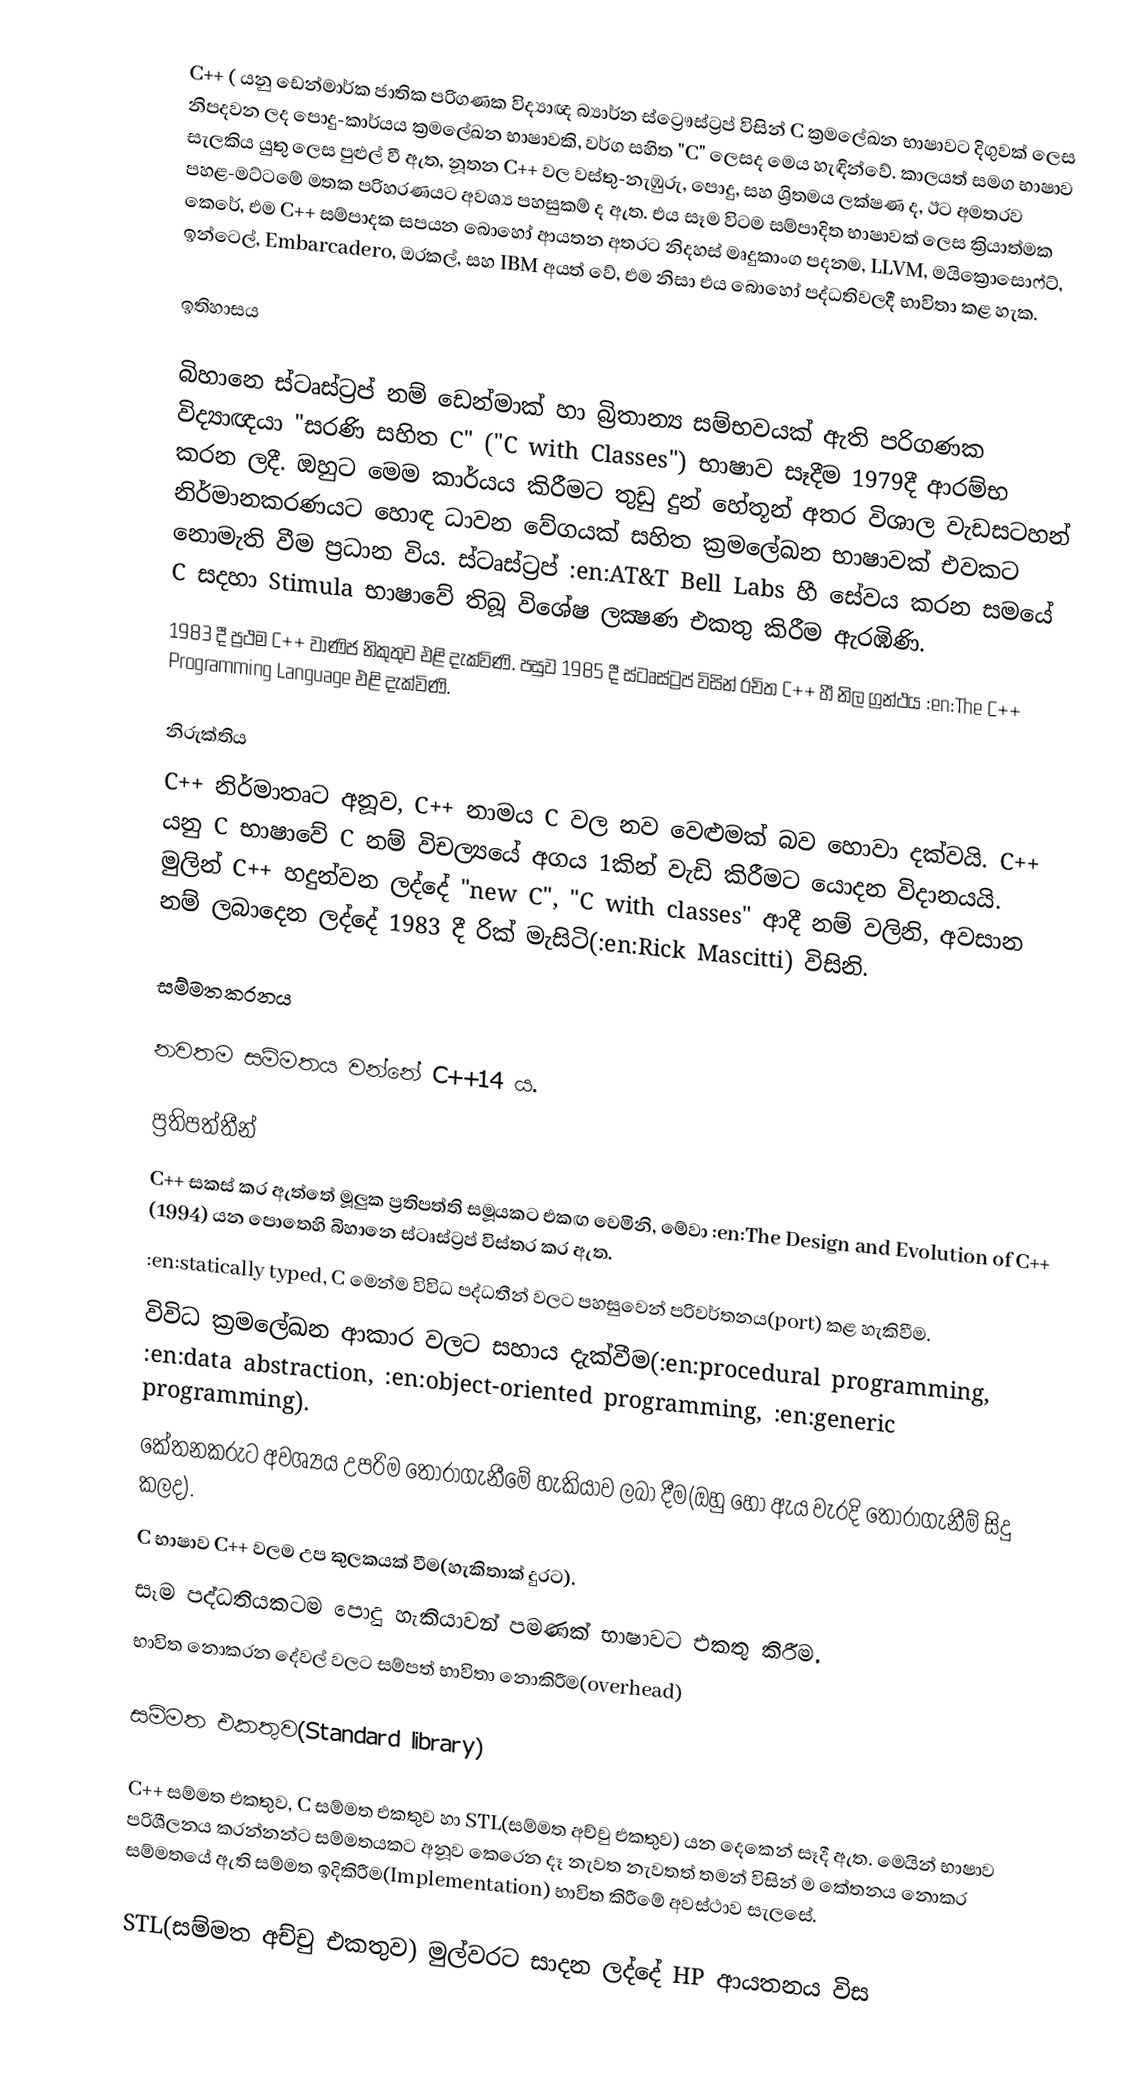
C++ ( යනු ඩෙන්මාර්ක ජාතික පරිගණක විද්‍යාඥ බ්‍යාර්න ස්ට්‍රෞස්ට්‍රප් විසින් C ක්‍රමලේඛන භාෂාවට දිගුවක් ලෙස නිපදවන ලද පොදු-කාර්යය ක්‍රමලේඛන භාෂාවකි, වර්ග සහිත "C" ලෙසද මෙය හැඳින්වේ. කාලයත් සමග භාෂාව සැලකිය යුතු ලෙස පුළුල් වී ඇත, නූතන C++ වල වස්තු-නැඹුරු, පොදු, සහ ශ්‍රිතමය ලක්ෂණ ද, ඊට අමතරව පහළ-මට්ටමේ මතක පරිහරණයට අවශ්‍ය පහසුකම් ද ඇත. එය සෑම විටම සම්පාදිත භාෂාවක් ලෙස ක්‍රියාත්මක කෙරේ, එම C++ සම්පාදක සපයන බොහෝ ආයතන අතරට නිදහස් මෘදුකාංග පදනම, LLVM, මයික්‍රොසොෆ්ට්, ඉන්ටෙල්, Embarcadero, ඔරකල්, සහ IBM අයත් වේ, එම නිසා එය බොහෝ පද්ධතිවලදී භාවිතා කළ හැක.

ඉතිහාසය

බිහානෙ ස්ටෘස්ට්‍රප් නම් ඩෙන්මාක් හා බ්‍රිතාන්‍ය සම්භවයක් ඇති පරිගණක විද්‍යාඥයා "සරණි සහිත C" ("C with Classes") භාෂාව සෑදීම 1979දී ආරම්භ කරන ලදී. ඔහුට මෙම කාර්යය කිරීමට තුඩු දුන් හේතූන් අතර විශාල වැඩසටහන් නිර්මානකරණයට හොඳ ධාවන වේගයක් සහිත ක්‍රමලේඛන භාෂාවක් එවකට නොමැති වීම ප්‍රධාන විය. ස්ටෘස්ට්‍රප් :en:AT&T Bell Labs හී සේවය කරන සමයේ C සදහා Stimula භාෂාවේ තිබූ විශේෂ ලක්‍ෂණ එකතු කිරීම ඇරඹිණි.
1983 දී ප්‍රථම C++ වාණිජ නිකුතුව එළි දැක්විණි. පසුව 1985 දී ස්ටෘස්ට්‍රප් විසින් රචිත C++ හී නිල ග්‍රන්ථය :en:The C++ Programming Language එළි දැක්විණි.

නිරුක්තිය
C++ නිර්මාතෘට අනූව, C++ නාමය C වල නව වෙළුමක් බව හොවා දක්වයි. C++ යනු C භාෂාවේ C නම් විචල්‍යයේ අගය 1කින් වැඩි කිරීමට යොදන විදානයයි. මුලින් C++ හදුන්වන ලද්දේ "new C", "C with classes" ආදී නම් වලිනි, අවසාන නම් ලබාදෙන ලද්දේ 1983 දී රික් මැසිටි(:en:Rick Mascitti) විසිනි.

සම්මතකරනය

නවතම සම්මතය වන්නේ C++14 ය.

ප්‍රතිපත්තීන්
C++ සකස් කර ඇත්තේ මූලුක ප්‍රතිපත්ති සමූයකට එකඟ වෙමිනි, මේවා :en:The Design and Evolution of C++ (1994) යන පොතෙහි බිහානෙ ස්ටෘස්ට්‍රප් විස්තර කර ඇත.
 :en:statically typed, C මෙන්ම විවිධ පද්ධතීන් වලට පහසුවෙන් පරිවර්තනය(port) කළ හැකිවීම.
 විවිධ ක්‍රමලේඛන ආකාර වලට සහාය දැක්වීම(:en:procedural programming, :en:data abstraction, :en:object-oriented programming, :en:generic programming).
 කේතනකරුට අවශ්‍යය උපරිම තෝරාගැනීමේ හැකියාව ලබා දීම(ඔහු හෝ ඇය වැරදි තෝරාගැනීම් සිදු කලද).
 C භාෂාව C++ වලම උප කුලකයක් වීම(හැකිතාක් දුරට).
 සෑම පද්ධතියකටම පොදු හැකියාවන් පමණක් භාෂාවට එකතු කිරීම.
 භාවිත නොකරන දේවල් වලට සම්පත් භාවිතා නොකිරීම(overhead)

සම්මත එකතුව(Standard library)

C++ සම්මත එකතුව, C සම්මත එකතුව හා STL(සම්මත අච්චු එකතුව) යන දෙකෙන් සෑදී ඇත. මෙයින් භාෂාව පරිශීලනය කරන්නන්ට සම්මතයකට අනූව කෙරෙන දෑ නැවත නැවතත් තමන් විසින් ම කේතනය නොකර සම්මතයේ ඇති සම්මත ඉදිකිරීම(Implementation) භාවිත කිරීමේ අවස්ථාව සැලසේ.

STL(සම්මත අච්චු එකතුව) මුල්වරට සාදන ලද්දේ HP ආයතනය විස